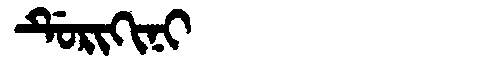
Manchu: ᡩᡠᡵᡳᡴᡳᠨᡳ
Romanization: DURIKINI